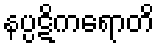
နပ္ပဋိကရောတိ